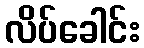
လိပ်ခေါင်း